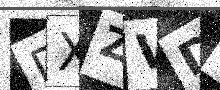
Text: DXZVDU